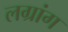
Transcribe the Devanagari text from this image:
लग्रांग